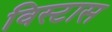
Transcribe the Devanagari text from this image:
विस्टास